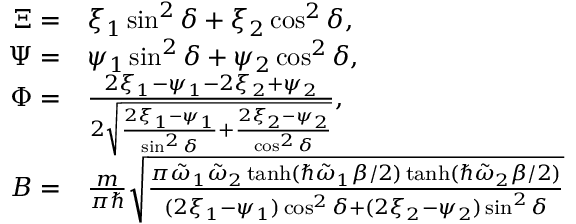
\begin{array} { r l } { \Xi = } & { { } \xi _ { 1 } \sin ^ { 2 } \delta + \xi _ { 2 } \cos ^ { 2 } \delta , } \\ { \Psi = } & { { } \psi _ { 1 } \sin ^ { 2 } \delta + \psi _ { 2 } \cos ^ { 2 } \delta , } \\ { \Phi = } & { { } \frac { 2 \xi _ { 1 } - \psi _ { 1 } - 2 \xi _ { 2 } + \psi _ { 2 } } { 2 \sqrt { \frac { 2 \xi _ { 1 } - \psi _ { 1 } } { \sin ^ { 2 } \delta } + \frac { 2 \xi _ { 2 } - \psi _ { 2 } } { \cos ^ { 2 } \delta } } } , } \\ { B = } & { { } \frac { m } { \pi \hbar } \sqrt { \frac { \pi \tilde { \omega } _ { 1 } \tilde { \omega } _ { 2 } \operatorname { t a n h } ( \hbar \tilde { \omega } _ { 1 } \beta / 2 ) \operatorname { t a n h } ( \hbar \tilde { \omega } _ { 2 } \beta / 2 ) } { ( 2 \xi _ { 1 } - \psi _ { 1 } ) \cos ^ { 2 } \delta + ( 2 \xi _ { 2 } - \psi _ { 2 } ) \sin ^ { 2 } \delta } } } \end{array}